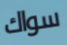
سواك